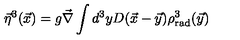
\vec { \eta } ^ { 3 } ( \vec { x } ) = g \vec { \nabla } \int d ^ { 3 } y D ( \vec { x } - \vec { y } ) \rho _ { \mathrm { r a d } } ^ { 3 } ( \vec { y } )